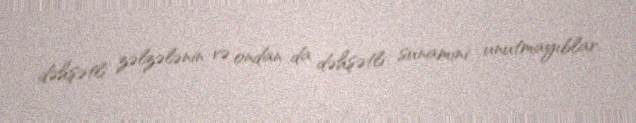
dəhşətli zəlzələnin və ondan da dəhşətli sunamini unutmayıblar.